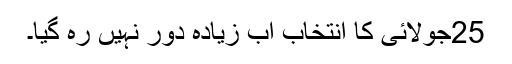
25جولائی کا انتخاب اب زیادہ دور نہیں رہ گیا۔